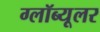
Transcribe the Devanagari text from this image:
ग्लॉब्यूलर